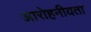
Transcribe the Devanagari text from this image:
आरोहनीयता